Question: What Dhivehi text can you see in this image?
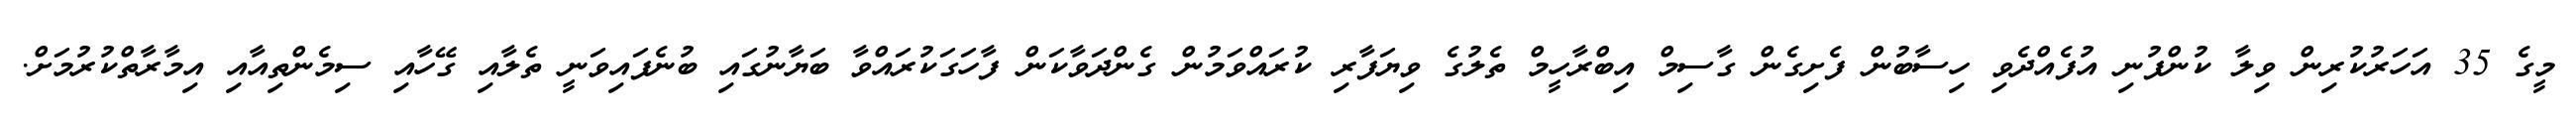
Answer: މީގެ 35 އަހަރުކުރިން ވިލާ ކުންފުނި އުފެއްދެވި ހިސާބުން ފެށިގެން ގާސިމް އިބްރާހީމް ތެލުގެ ވިޔަފާރި ކުރައްވަމުން ގެންދަވާކަން ފާހަގަކުރައްވާ ބަޔާނުގައި ބުނެފައިވަނީ ތެލާއި ގޭހާއި ސިމެންތިއާއި އިމާރާތްކުރުމަށް.